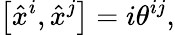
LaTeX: \left[\hat{x}^{i},\hat{x}^{j}\right]=i\theta^{ij},